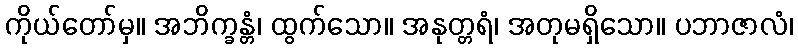
ကိုယ်တော်မှ။ အဘိက္ခန္တံ၊ ထွက်သော။ အနုတ္တရံ၊ အတုမရှိသော။ ပဘာဇာလံ၊